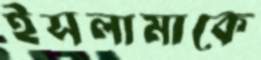
ইসলামাকে